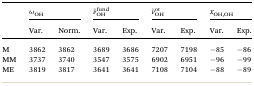
| <ROWSPAN=2>  | <COLSPAN=2> ωOH | <COLSPAN=2> ν̃ fund OH | <COLSPAN=2> ν̃ ot OH | <COLSPAN=2> xOH,OH |
 | Var. | Norm. | Var. | Exp. | Var. | Exp. | Var. | Exp. |
 | --- | --- | --- | --- | --- | --- | --- | --- | --- |
 | M | 3862 | 3862 | 3689 | 3686 | 7207 | 7198 | –85 | –86 |
 | MM | 3737 | 3740 | 3547 | 3575 | 6902 | 6951 | –96 | –99 |
 | ME | 3819 | 3817 | 3641 | 3641 | 7108 | 7104 | –88 | –89 |